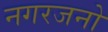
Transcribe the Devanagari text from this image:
नगरजनो